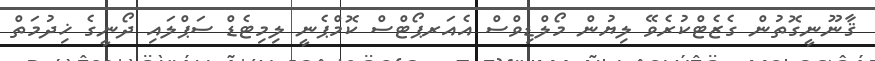
ޤާނޫނީގޮތުން ގެޒެޓްކުރެވޭ ލިޔުން މޯލްޑިވްސް އެއަރޕޯޓްސް ކޮމްޕެނީ ލިމިޓެޑް ސަޕްލައި ދޯނީގެ ޚިދުމަތް